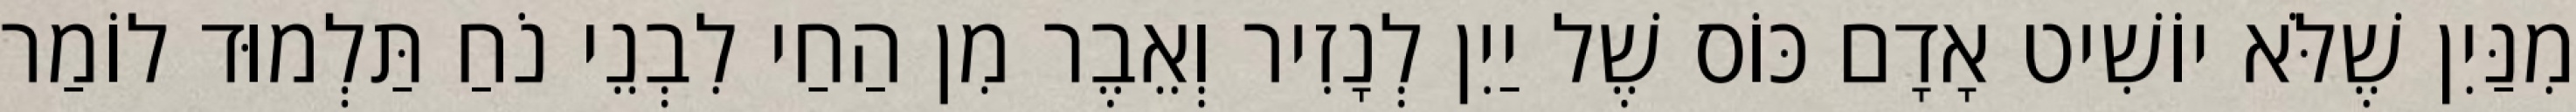
מִנַּיִן שֶׁלֹּא יוֹשִׁיט אָדָם כּוֹס שֶׁל יַיִן לְנָזִיר וְאֵבֶר מִן הַחַי לִבְנֵי נֹחַ תַּלְמוּד לוֹמַר